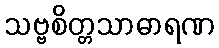
သဗ္ဗစိတ္တသာဓာရဏ